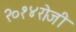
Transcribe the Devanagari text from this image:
२०१४रोजी